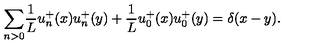
{ \sum _ { n > 0 } } \frac { 1 } { L } u _ { n } ^ { + } ( x ) u _ { n } ^ { + } ( y ) + \frac { 1 } { L } u _ { 0 } ^ { + } ( x ) u _ { 0 } ^ { + } ( y ) = \delta ( x - y ) .